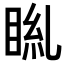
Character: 𥆎